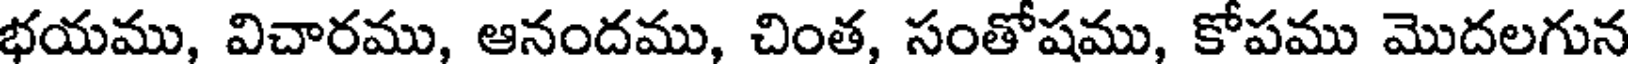
భయము, విచారము, ఆనందము, చింత, సంతోషము, కోపము మొదలగున